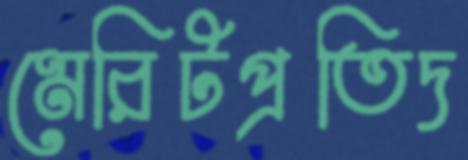
মেরিটপ্রতিদ